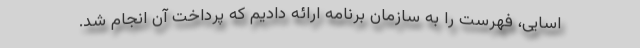
اسایی، فهرست را به سازمان برنامه ارائه دادیم که پرداخت آن انجام شد.